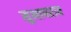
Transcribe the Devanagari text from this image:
सुभाषराव